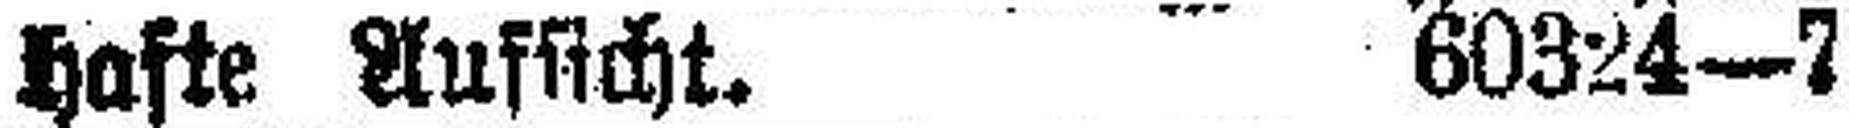
hafte Aussicht. 60324—7